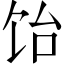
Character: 饴